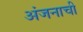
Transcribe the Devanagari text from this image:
अंजनाची